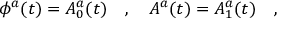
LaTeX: \phi ^ { a } ( t ) = A _ { 0 } ^ { a } ( t ) \ \ \ , \ \ \ A ^ { a } ( t ) = A _ { 1 } ^ { a } ( t ) \ \ \ ,